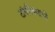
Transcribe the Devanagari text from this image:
टांगनिक्याची